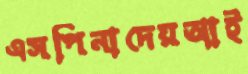
এসপিনাদেয়আই